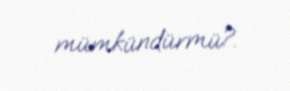
mümkündürmü?.